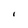
Character: I